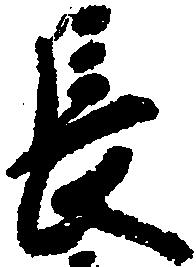
長